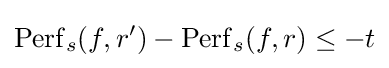
\operatorname {Perf} _{s}(f,r')-\operatorname {Perf} _{s}(f,r)\leq -t